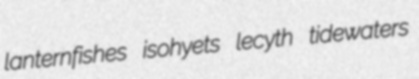
lanternfishes isohyets lecyth tidewaters